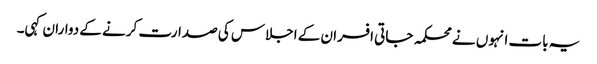
یہ بات انہوں نے محکمہ جاتی افسران کے اجلاس کی صدارت کرنے کے دواران کہی۔